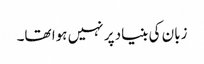
زبان کی بنیاد پر نہیں ہوا تھا۔